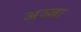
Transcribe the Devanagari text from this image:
अञ्जा